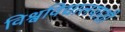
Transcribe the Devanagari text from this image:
विश्वविद्यालयाशी